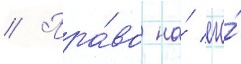
// Пра́во на́ его́